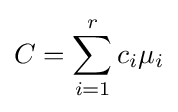
C=\sum _{i=1}^{r}c_{i}\mu _{i}